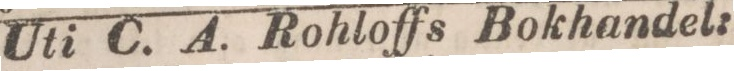
Uti C. A. Rohloffs Bokhandel: